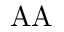
\mathrm { \ A A }